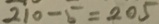
2 1 0 - 5 = 2 0 5